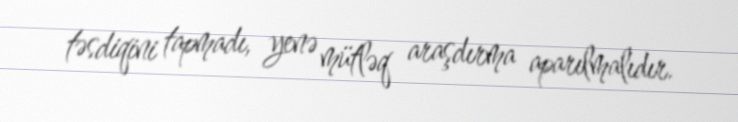
təsdiqini tapmadı, yenə mütləq araşdırma aparılmalıdır.